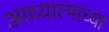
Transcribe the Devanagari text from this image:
आध्यात्माच्या